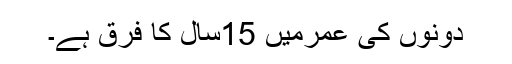
دونوں کی عمرمیں 15سال کا فرق ہے۔